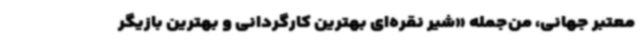
معتبر جهانی، من‌جمله «شیر نقره‌ای بهترین کارگردانی و بهترین بازیگر